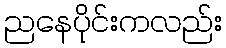
ညနေပိုင်းကလည်း